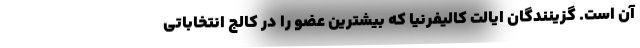
آن است. گزینندگان ایالت کالیفرنیا که بیشترین عضو را در کالج انتخاباتی